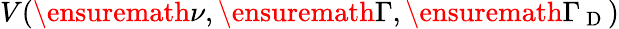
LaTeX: V(\ensuremath{\nu},\ensuremath{\Gamma},\ensuremath{\Gamma}_{\mathrm{~D~}})